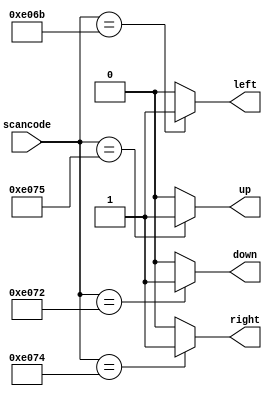
// synthesis verilog_input_version verilog_2001
module top_module (
    input [15:0] scancode,
    output reg left,
    output reg down,
    output reg right,
    output reg up  ); 
    
    always @(*) begin
        left = 0;
        down = 0;
        right = 0;
        up = 0;
        case (scancode)
            16'he06b: left = 1;
            16'he072: down = 1;
            16'he074: right = 1;
            16'he075: up = 1;
            default: begin
                left = 0;
                down = 0;
                right = 0;
                up = 0;
            end
        endcase
    end

endmodule